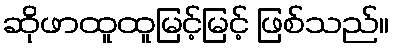
ဆိုဖာထူထူမြင့်မြင့် ဖြစ်သည်။